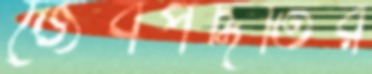
জৈবপদ্ধতির